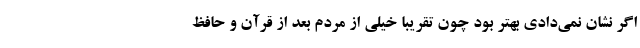
اگر نشان نمی‌دادی بهتر بود چون تقریبا خیلی از مردم بعد از قرآن و حافظ